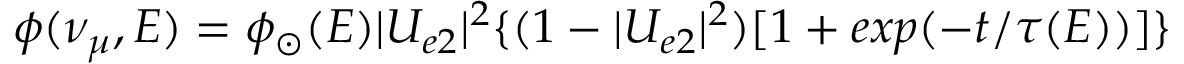
\phi ( \nu _ { \mu } , E ) = \phi _ { \odot } ( E ) | U _ { e 2 } | ^ { 2 } \{ ( 1 - | U _ { e 2 } | ^ { 2 } ) [ 1 + e x p ( - t / \tau ( E ) ) ] \}